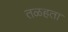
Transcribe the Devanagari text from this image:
तळहता